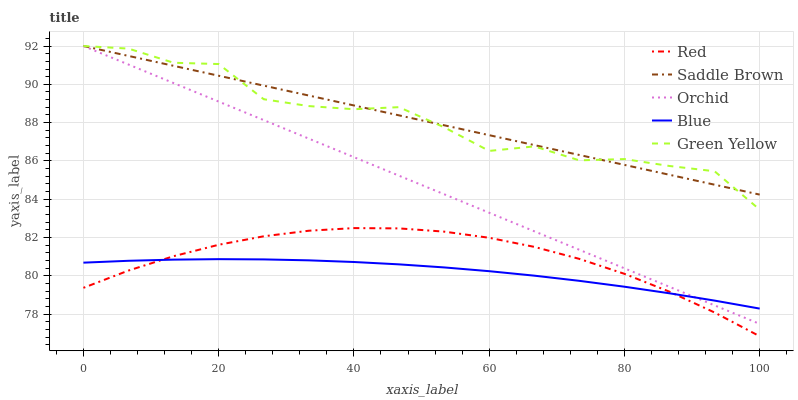
| xaxis_label | Red | Saddle Brown | Orchid | Blue | Green Yellow |
 | --- | --- | --- | --- | --- | --- |
 | 0 | 79.4 | 92 | 92 | 80.7 | 92 |
 | 6.67 | 80.3 | 91.5 | 91 | 80.8 | 91.9 |
 | 13.3 | 81 | 91 | 90.1 | 80.9 | 91.1 |
 | 20 | 81.6 | 90.4 | 89.1 | 80.9 | 91.1 |
 | 26.7 | 82.1 | 89.9 | 88.1 | 80.9 | 89.2 |
 | 33.3 | 82.4 | 89.4 | 87.2 | 80.8 | 88.9 |
 | 40 | 82.5 | 88.9 | 86.2 | 80.7 | 88.7 |
 | 46.7 | 82.5 | 88.4 | 85.2 | 80.6 | 88.8 |
 | 53.3 | 82.3 | 87.9 | 84.3 | 80.4 | 87.8 |
 | 60 | 82 | 87.3 | 83.3 | 80.2 | 86.5 |
 | 66.7 | 81.5 | 86.8 | 82.3 | 80 | 86.8 |
 | 73.3 | 80.9 | 86.3 | 81.4 | 79.7 | 86 |
 | 80 | 80.1 | 85.8 | 80.4 | 79.4 | 86.1 |
 | 86.7 | 79.2 | 85.3 | 79.4 | 79.1 | 85.7 |
 | 93.3 | 78.1 | 84.8 | 78.5 | 78.7 | 85.5 |
 | 100 | 76.9 | 84.2 | 77.5 | 78.3 | 83.5 |